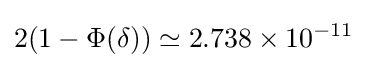
2(1-\Phi (\delta ))\simeq 2.738\times 10^{-11}